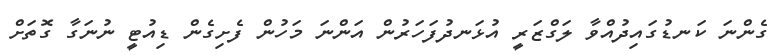
ގެންނަ ކަނޑުގައިދުއްވާ ލަގްޒަރީ އުޅަނދުފަހަރުން އަންނަ މަހުން ފެށިގެން ޑިއުޓީ ނުނަގާ ގޮތަށް